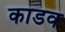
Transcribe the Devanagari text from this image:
काडव